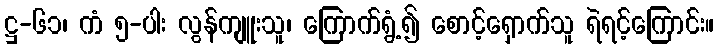
ဋ္ဌ-၆၁၊ ကံ ၅-ပါး လွန်ကျူးသူ၊ ကြောက်ရွံ့၍ စောင့်ရှောက်သူ ရဲရင့်ကြောင်း။